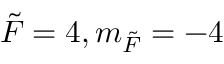
\Tilde { F } = 4 , m _ { \Tilde { F } } = - 4